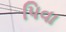
પિવા